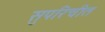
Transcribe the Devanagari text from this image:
सुपरिचीत